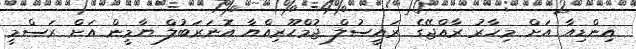
އިންޑިއާ އަށް މިހާރު ރާއްޖޭގެ ރައީސުލް ޖުމްހޫރިއްޔާ އޮނަރަބުލް ޔާމީން އަށް ރަސްމީ